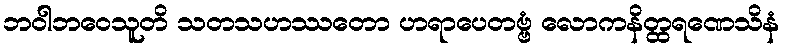
ဘဝါဘဝေသူတိ သတသဟဿတော ဟရာပေတဗ္ဗံ လောကနိတ္ထရဏေသိနံ